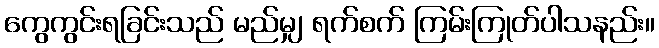
ကွေကွင်းရခြင်းသည် မည်မျှ ရက်စက် ကြမ်းကြုတ်ပါသနည်း။